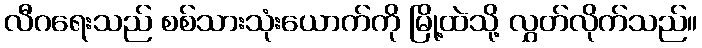
လီဂရေးသည် စစ်သားသုံးယောက်ကို မြို့ထဲသို့ လွှတ်လိုက်သည်။